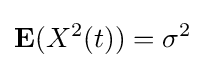
{\textbf {E}}(X^{2}(t))=\sigma ^{2}